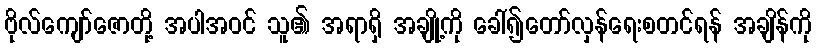
ဗိုလ်ကျော်ဇောတို့ အပါအဝင် သူ၏ အရာရှိ အချို့ကို ခေါ်၍တော်လှန်ရေးစတင်ရန် အချိန်ကို